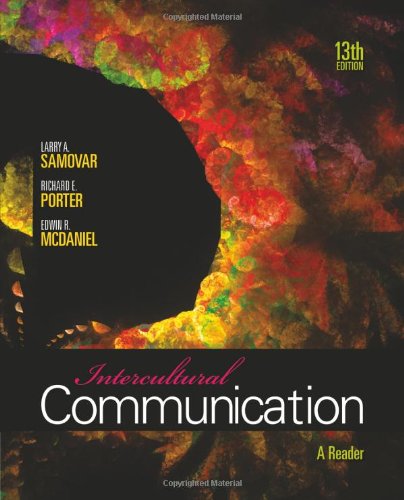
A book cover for Intercultural Communication: A Reader; Larry A. Samovar; Business & Money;